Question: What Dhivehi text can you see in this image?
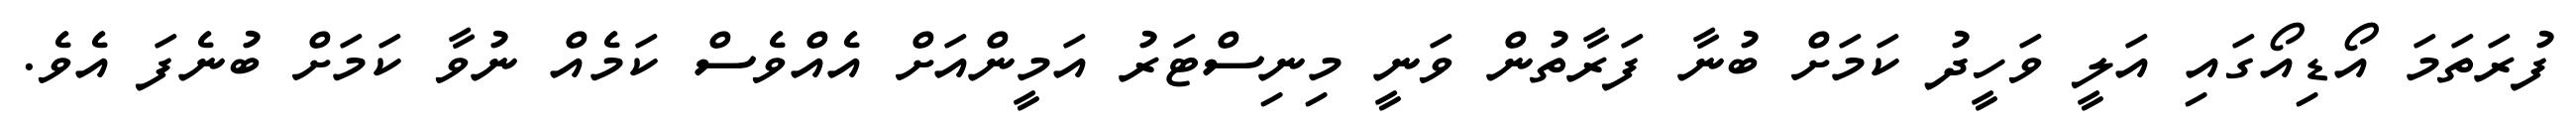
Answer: ފުރަތަމަ އޯޑިއޯގައި އަލީ ވަހީދު ކަމަށް ބުނާ ފަރާތުން ވަނީ މިނިސްޓަރު އަމީންއަށް އެއްވެސް ކަމެއް ނުވާ ކަމަށް ބުނެފަ އެވެ.